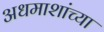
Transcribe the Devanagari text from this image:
अधमाशांच्या